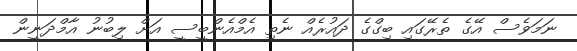
ނަމަވެސް އޭގެ ތެެރޭގައި ބިގްގެ ދައުރެއް ނެތި އެމްއެންބީސީ އަށް ލިބުނު އާމްދަނީން